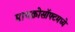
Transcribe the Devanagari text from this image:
मायक्रोसॉफ्टमध्ये